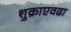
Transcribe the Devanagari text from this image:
शुक्राएवढा